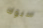
سبوك